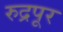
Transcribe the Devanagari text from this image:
रुद्रपूर